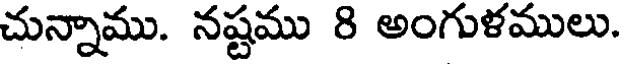
చున్నాము. నష్టము 8 అంగుళములు.